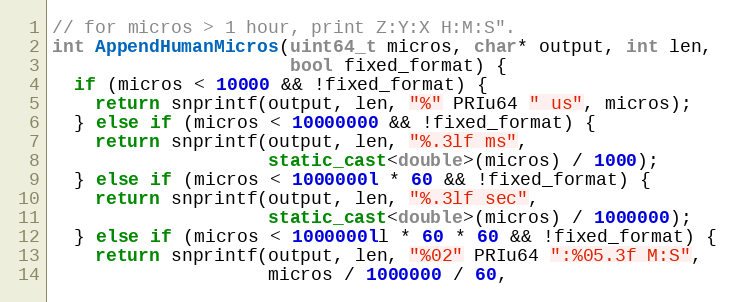
Language: C++
// for micros > 1 hour, print Z:Y:X H:M:S".
int AppendHumanMicros(uint64_t micros, char* output, int len,
                      bool fixed_format) {
  if (micros < 10000 && !fixed_format) {
    return snprintf(output, len, "%" PRIu64 " us", micros);
  } else if (micros < 10000000 && !fixed_format) {
    return snprintf(output, len, "%.3lf ms",
                    static_cast<double>(micros) / 1000);
  } else if (micros < 1000000l * 60 && !fixed_format) {
    return snprintf(output, len, "%.3lf sec",
                    static_cast<double>(micros) / 1000000);
  } else if (micros < 1000000ll * 60 * 60 && !fixed_format) {
    return snprintf(output, len, "%02" PRIu64 ":%05.3f M:S",
                    micros / 1000000 / 60,